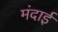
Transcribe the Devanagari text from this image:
मंदाई